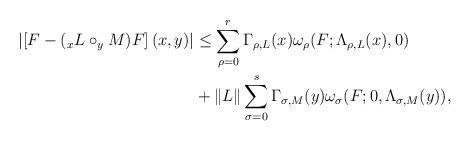
LaTeX: \begin{align*} \left|\left[F-(_{x}L\circ _{y}M)F\right](x,y) \right| & \leq \displaystyle \sum_{\rho=0}^{r}\Gamma_{\rho,L}(x)\omega_{\rho}(F;\Lambda_{\rho,L}(x),0)\\&+\|L\|\sum_{\sigma=0}^s\Gamma_{\sigma,M}(y)\omega_{\sigma}(F;0,\Lambda_{\sigma,M}(y)),\end{align*}